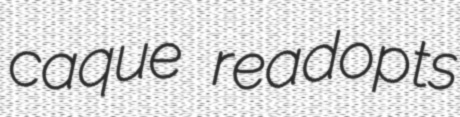
caque readopts